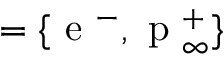
= \lbrace \mathrm { ~ e ~ } ^ { - } , \mathrm { ~ p ~ } _ { \infty } ^ { + } \rbrace